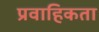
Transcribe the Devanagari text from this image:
प्रवाहिकता